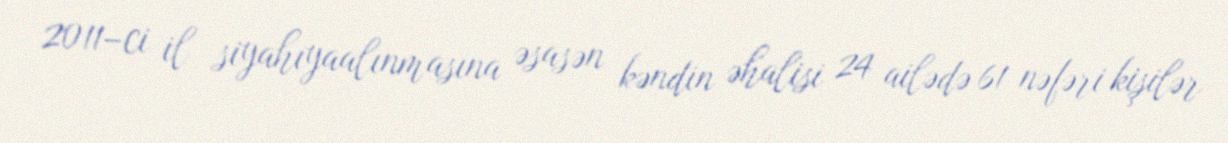
2011–ci il siyahıyaalınmasına əsasən kəndin əhalisi 24 ailədə 61 nəfəri kişilər